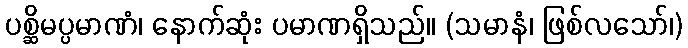
ပစ္ဆိမပ္ပမာဏံ၊ နောက်ဆုံး ပမာဏရှိသည်။ (သမာနံ၊ ဖြစ်လသော်၊)